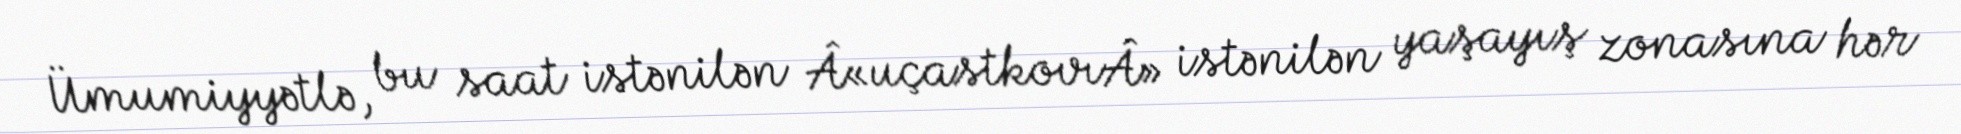
Ümumiyyətlə, bu saat istənilən Â«uçastkovıÂ» istənilən yaşayış zonasına hər